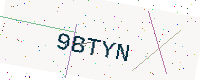
Text: 9BTYN